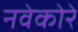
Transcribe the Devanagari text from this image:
नवेकोरे